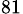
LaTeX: _{81}